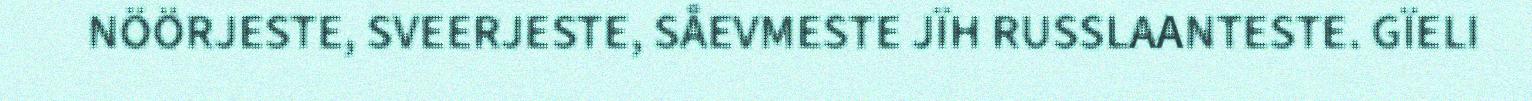
NÖÖRJESTE, SVEERJESTE, SÅEVMESTE JÏH RUSSLAANTESTE. GÏELI